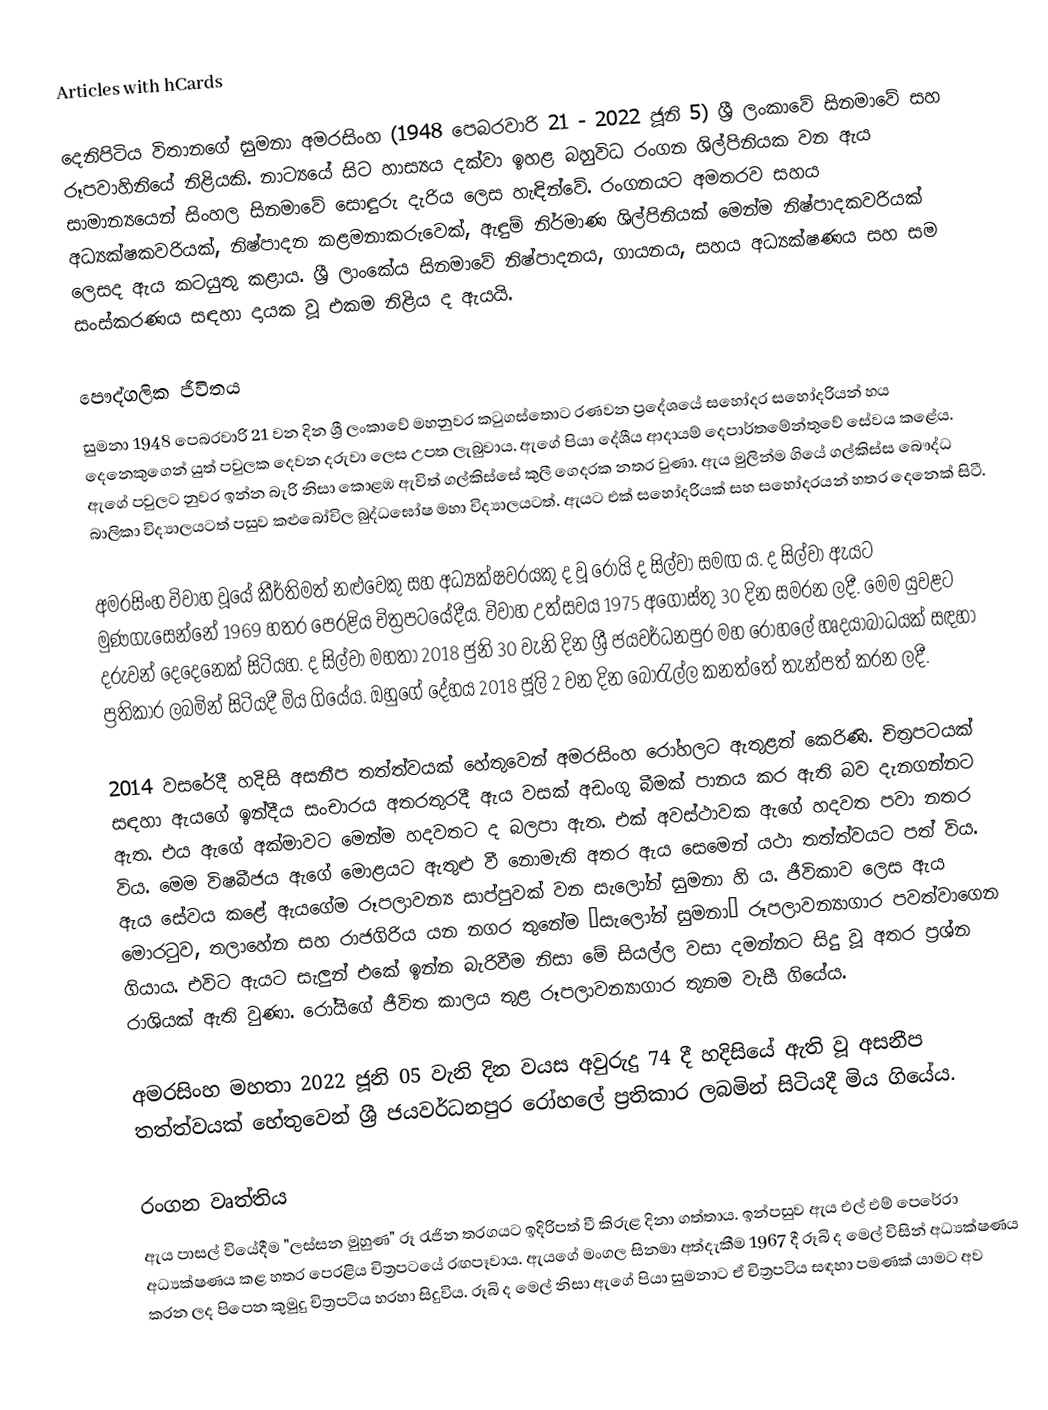
Articles with hCards

දෙනිපිටිය විතානගේ සුමනා අමරසිංහ (1948 පෙබරවාරි 21 - 2022 ජූනි 5) ශ්‍රී ලංකාවේ සිනමාවේ සහ රූපවාහිනියේ නිළියකි. නාට්‍යයේ සිට හාස්‍යය දක්වා ඉහළ බහුවිධ රංගන ශිල්පිනියක වන ඇය සාමාන්‍යයෙන් සිංහල සිනමාවේ සොඳුරු දැරිය ලෙස හැඳින්වේ. රංගනයට අමතරව සහය අධ්‍යක්ෂකවරියක්, නිෂ්පාදන කළමනාකරුවෙක්, ඇඳුම් නිර්මාණ ශිල්පිනියක් මෙන්ම නිෂ්පාදකවරියක් ලෙසද ඇය කටයුතු කළාය. ශ්‍රී ලාංකේය සිනමාවේ නිෂ්පාදනය, ගායනය, සහය අධ්‍යක්ෂණය සහ සම සංස්කරණය සඳහා දායක වූ එකම නිළිය ද ඇයයි.

පෞද්ගලික ජීවිතය
සුමනා 1948 පෙබරවාරි 21 වන දින ශ්‍රී ලංකාවේ මහනුවර කටුගස්තොට රණවන ප්‍රදේශයේ සහෝදර සහෝදරියන් හය දෙනෙකුගෙන් යුත් පවුලක දෙවන දරුවා ලෙස උපත ලැබුවාය. ඇගේ පියා දේශීය ආදායම් දෙපාර්තමේන්තුවේ සේවය කළේය. ඇගේ පවුලට නුවර ඉන්න බැරි නිසා කොළඹ ඇවිත් ගල්කිස්සේ කුලී ගෙදරක නතර වුණා. ඇය මුලින්ම ගියේ ගල්කිස්ස බෞද්ධ බාලිකා විද්‍යාලයටත් පසුව කළුබෝවිල බුද්ධඝෝෂ මහා විද්‍යාලයටත්. ඇයට එක් සහෝදරියක් සහ සහෝදරයන් හතර දෙනෙක් සිටී.

අමරසිංහ විවාහ වූයේ කීර්තිමත් නළුවෙකු සහ අධ්‍යක්ෂවරයකු ද වූ රෝයි ද සිල්වා සමඟ ය. ද සිල්වා ඇයට මුණගැසෙන්නේ 1969 හතර පෙරළිය චිත්‍රපටයේදීය. විවාහ උත්සවය 1975 අගෝස්තු 30 දින සමරන ලදී. මෙම යුවළට දරුවන් දෙදෙනෙක් සිටියහ. ද සිල්වා මහතා 2018 ජුනි 30 වැනි දින ශ්‍රී ජයවර්ධනපුර මහ රෝහලේ හෘදයාබාධයක් සඳහා ප්‍රතිකාර ලබමින් සිටියදී මිය ගියේය. ඔහුගේ දේහය 2018 ජූලි 2 වන දින බොරැල්ල කනත්තේ තැන්පත් කරන ලදී.

2014 වසරේදී හදිසි අසනීප තත්ත්වයක් හේතුවෙන් අමරසිංහ රෝහලට ඇතුළත් කෙරිණි. චිත්‍රපටයක් සඳහා ඇයගේ ඉන්දීය සංචාරය අතරතුරදී ඇය වසක් අඩංගු බීමක් පානය කර ඇති බව දැනගන්නට ඇත. එය ඇගේ අක්මාවට මෙන්ම හදවතට ද බලපා ඇත. එක් අවස්ථාවක ඇගේ හදවත පවා නතර විය. මෙම විෂබීජය ඇගේ මොළයට ඇතුළු වී නොමැති අතර ඇය සෙමෙන් යථා තත්ත්වයට පත් විය. ඇය සේවය කළේ ඇයගේම රූපලාවන්‍ය සාප්පුවක් වන සැලෝන් සුමනා හි ය. ජීවිකාව ලෙස ඇය මොරටුව, තලාහේන සහ රාජගිරිය යන නගර තුනේම ‘සැලෝන් සුමනා’ රූපලාවන්‍යාගාර පවත්වාගෙන ගියාය. එවිට ඇයට සැලුන් එකේ ඉන්න බැරිවීම නිසා මේ සියල්ල වසා දමන්නට සිදු වූ අතර ප්‍රශ්න රාශියක් ඇති වුණා. රෝයිගේ ජීවිත කාලය තුළ රූපලාවන්‍යාගාර තුනම වැසී ගියේය.

අමරසිංහ මහතා 2022 ජූනි 05 වැනි දින වයස අවුරුදු 74 දී හදිසියේ ඇති වූ අසනීප තත්ත්වයක් හේතුවෙන් ශ්‍රී ජයවර්ධනපුර රෝහලේ ප්‍රතිකාර ලබමින් සිටියදී මිය ගියේය.

රංගන වෘත්තිය
ඇය පාසල් වියේදීම "ලස්සන මුහුණ" රූ රැජින තරගයට ඉදිරිපත් වී කිරුළ දිනා ගත්තාය. ඉන්පසුව ඇය එල් එම් පෙරේරා අධ්‍යක්ෂණය කළ හතර පෙරළිය චිත්‍රපටයේ රඟපෑවාය. ඇයගේ මංගල සිනමා අත්දැකීම 1967 දී රූබි ද මෙල් විසින් අධ්‍යක්ෂණය කරන ලද පිපෙන කුමුදු චිත්‍රපටිය හරහා සිදුවිය.  රූබි ද මෙල් නිසා ඇගේ පියා සුමනාට ඒ චිත්‍රපටිය සඳහා පමණක් යාමට අව